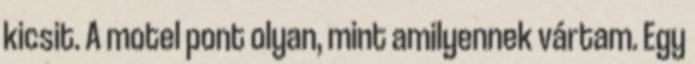
kicsit. A motel pont olyan, mint amilyennek vártam. Egy